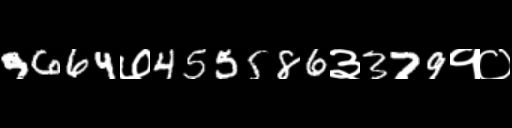
Text: 9664७455586३379१०